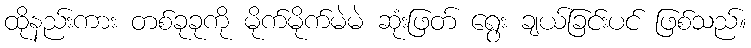
ထိုနည်းကား တစ်ခုခုကို မိုက်မိုက်မဲမဲ ဆုံးဖြတ် ရွေး ချယ်ခြင်းပင် ဖြစ်သည်။